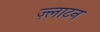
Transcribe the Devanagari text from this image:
ज़्लाटन